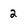
Character: 2